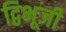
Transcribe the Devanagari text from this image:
द्विभूजी